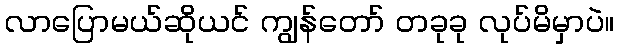
လာပြောမယ်ဆိုယင် ကျွန်တော် တခုခု လုပ်မိမှာပဲ။